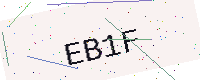
Text: EB1F